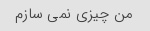
من چیزی نمی سازم